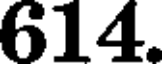
614.